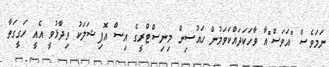
ނަމަވެސް "އަވަސް"އާ ވާހަކަދައްކަވަމުން ހައުސިން މިނިސްޓްރީގެ އިސް އޮފިޝަލަކު ވިދާޅުވީ އެއީ ހަގީގަތާ